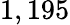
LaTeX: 1,195